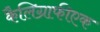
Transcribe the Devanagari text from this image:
कैलिग्राफीएक